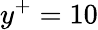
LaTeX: y^{+}=10